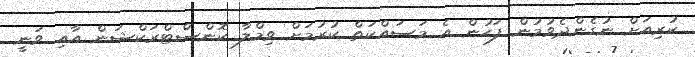
ކުރިއަށް ނުގެންދެވުމުން ފަހުން އެ މަސައްކަތް ކުރުމަށް ވިމްލާ ކޮންސްޓްރަކްޝަން އާއި ވަނީ